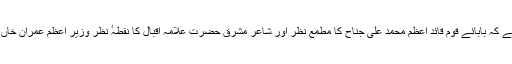
گورنر پنجاب نے کہا ہے کہ بابائے قوم قائد اعظم محمد علی جناحؒ کا مطمع نظر اور شاعر مشرق حضرت علامہ اقبالؒ کا نقطہٴ نظر وزیر اعظم عمران خاں کے وژن کی بنیاد ہے۔